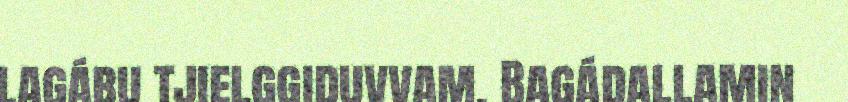
lagábu tjielggiduvvam. Bagádallamin